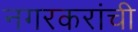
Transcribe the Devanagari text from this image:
नगरकरांची